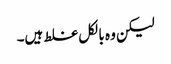
لیکن وہ بالکل غلط ہیں۔